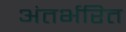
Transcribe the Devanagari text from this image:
अंतर्भरित